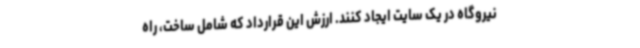
نیروگاه در یک سایت ایجاد کنند. ارزش این قرارداد که شامل ساخت، راه